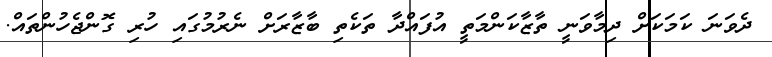
ދެވަނަ ކަމަކަށް ދިމާވަނީ ތާޒާކަންމަތީ އުފައްދާ ތަކެތި ބާޒާރަށް ނެރުމުގައި ހުރި ގޮންޖެހުންތައް.